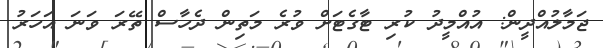
ޖަމާލުއްދީން: އުއްމީދު ކުރި ޓާގެޓަށް ވުރެ މަތިން ދެހާސް ތޭރަ ވަނަ އަހަރު